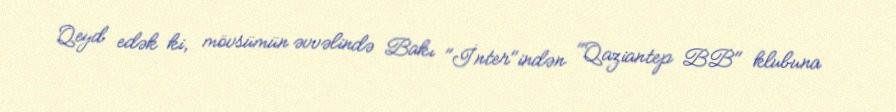
Qeyd edək ki, mövsümün əvvəlində Bakı "İnter"indən "Qaziantep BB" klubuna